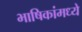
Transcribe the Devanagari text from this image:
भाषिकांमध्ये